Lunatic asylums Madras 1877-1891 - 1877-1891
Year: 1877
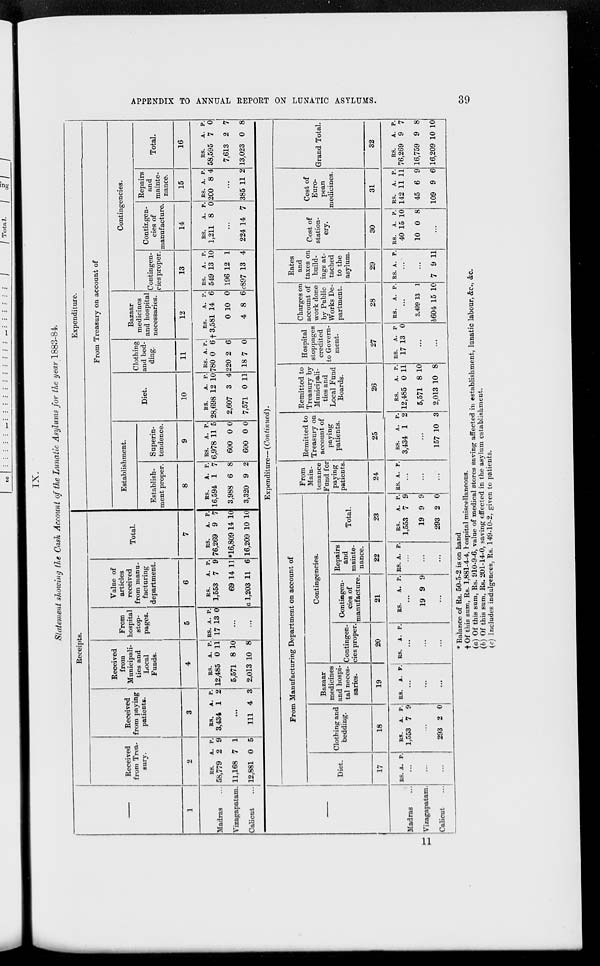
APPENDIX TO ANNUAL REPORT ON LUNATIC ASYLUMS.
39
IX.
Statement showing the Cash Account of the Lunatic Asylums for the year 1883-84.
—
1
Madras ...
Vizagapatam.
Calicut ...
Receipts.
Received
from Trea-
sury.
2
RS.
58,779
11,168
12,881
A.
2
7
0
P.
9
1
5
Received
from paying
patients.
3
RS.
3,434
A.
1 P.
2
...
111 4 3
Received
from
Municipali-
ties and
Local
Funds.
4
RS.
12,485
5,571
2,013
A.
0
8
10
P.
11
10
8
From
hospital
stop-
pages.
5
RS.
17
A.
13
P.
0
...
...
Value of
articles
received
from manu-
facturing
department.
6
RS.
1,553
69
a 1,203
A.
7
14
11
P.
9
11
6
Total.
7
RS.
76,269
*16,809
16,209
A.
9
14
10
P.
7
10
10
Expenditure.
From Treasury on account of
Establishment.
Establish-
ment proper.
8
RS.
16,594
3,988
3,320
A.
1
6
9
P.
7
8
2
Superin-
tendence.
9
RS.
6,978
600
600
A.
11
0
0
P.
5
0
0
Diet.
10
RS.
28,698
2,607
7,571
A.
12
3
0
P.
10
4
11
Clothing
and bed-
ding.
11
RS.
780
220
18
A.
0
2
7
P.
6
6
0
Bazaar
medicines
and hospital
necessaries.
12
RS.
† 3,581
0
4
A.
14
10
8
P.
6
0
6
Contingencies.
Contingen-
cies proper.
13
RS.
549
196
c897
A.
13
12
13
P.
10
1
4
Contingen-
cies of
manufacture.
14
RS.
1,211
A.
8
P.
0
...
224 14 7
Repairs
and
mainte-
nance.
15
RS.
200
A.
8
P.
4
...
385 11 2
Total.
16
RS.
58,595
7,613
13,023
A.
7
2
0
P.
0
7
8
—
Madras ...
Vizagapatam.
Calicut ...
Expenditure— (Continued).
From Manufacturing Department on account of
Diet.
17
RS. A. P.
...
...
...
Clothing and
bedding.
18
RS.
1,553
A.
7
P.
9
...
293 2 0
Bazaar
medicines
and hospi-
tal neces-
saries.
19
RS.
A. P.
...
...
...
Contingencies.
Contingen-
cies proper.
20
RS.
A. P.
...
...
...
Contingen-
cies of
manufacture.
21
RS.
A. P.
...
19 9 9
...
Repairs
and
mainte-
nance.
22
RS. A. P.
...
...
...
Total.
23
RS.
1,553
19
293
A.
7
9
2
P.
9
9
0
From
Main-
tenance
Fund for
paying
patients.
24
RS. A. P.
...
...
...
Remitted to
Treasury on
account of
paying
patients.
25
RS.
3,434
A.
1
P.
2
...
157 10 3
Remitted to
Treasury by
Municipali-
ties and
Local Fund
Boards.
26
RS.
12,485
5,571
2,013
A.
0
8
10
P.
11
10
8
Hospital
stoppages
credited
to Govern-
ment.
27
RS.
17
A.
13
P.
0
...
...
Charges on
account of
work done
by Public
Works De-
partment.
28
RS.
A. P.
...
3,499
b604
13
15
1
10
Rates
and
taxes on
build-
ings at-
tached
to the
asylum.
29
RS. A. P.
...
...
7 9 11
Cost of
station-
ery.
30
RS.
40
10
A.
15
0
P.
10
8
...
Cost of
Euro-
pean
medicines.
31
RS.
142
45
109
A.
11
6
9
P.
11
9
6
Grand Total.
32
RS.
76,269
16,759
16,209
A.
9
9
10
P.
7
8
10
* Balance of Rs. 50-5-2 is on hand.
† Of this sum, Rs. 1,881-4-4, hospital miscellaneous.
(a) Of this sum, Rs. 910-9-6, value of medical stores saving affected in establishment, lunatic labour, &c., &c.
(b) Of this sum, Rs. 201-14-0, saving effected in the asylum establishment.
(c) Includes indulgences, Rs. 149-10-2, given to patients.
11